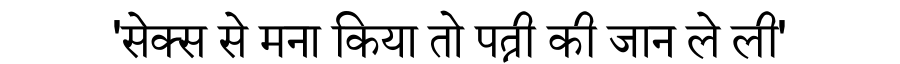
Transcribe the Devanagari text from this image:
'सेक्स से मना किया तो पत्नी की जान ले ली'